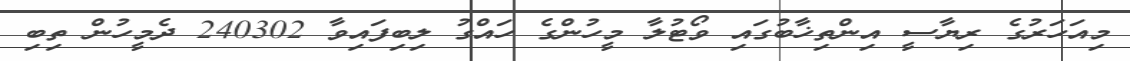
މިއަހަރުގެ ރިޔާސީ އިންތިޚާބުގައި ވޯޓުލާ މީހުންގެ ހައްގު ލިބިފައިވާ 240302 ދެމީހުން ތިބި